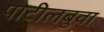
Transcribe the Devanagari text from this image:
पाटीलबुवा